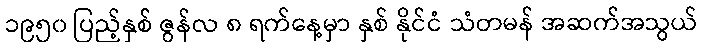
၁၉၅၀ ပြည့်နှစ် ဇွန်လ ၈ ရက်နေ့မှာ နှစ် နိုင်ငံ သံတမန် အဆက်အသွယ်